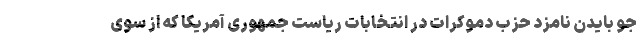
جو بایدن نامزد حزب دموکرات در انتخابات ریاست جمهوری آمریکا که از سوی